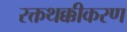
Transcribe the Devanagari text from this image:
रक्तथक्कीकरण